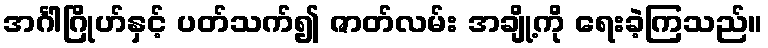
အင်္ဂါဂြိုဟ်နှင့် ပတ်သက်၍ ဇာတ်လမ်း အချို့ကို ရေးခဲ့ကြသည်။